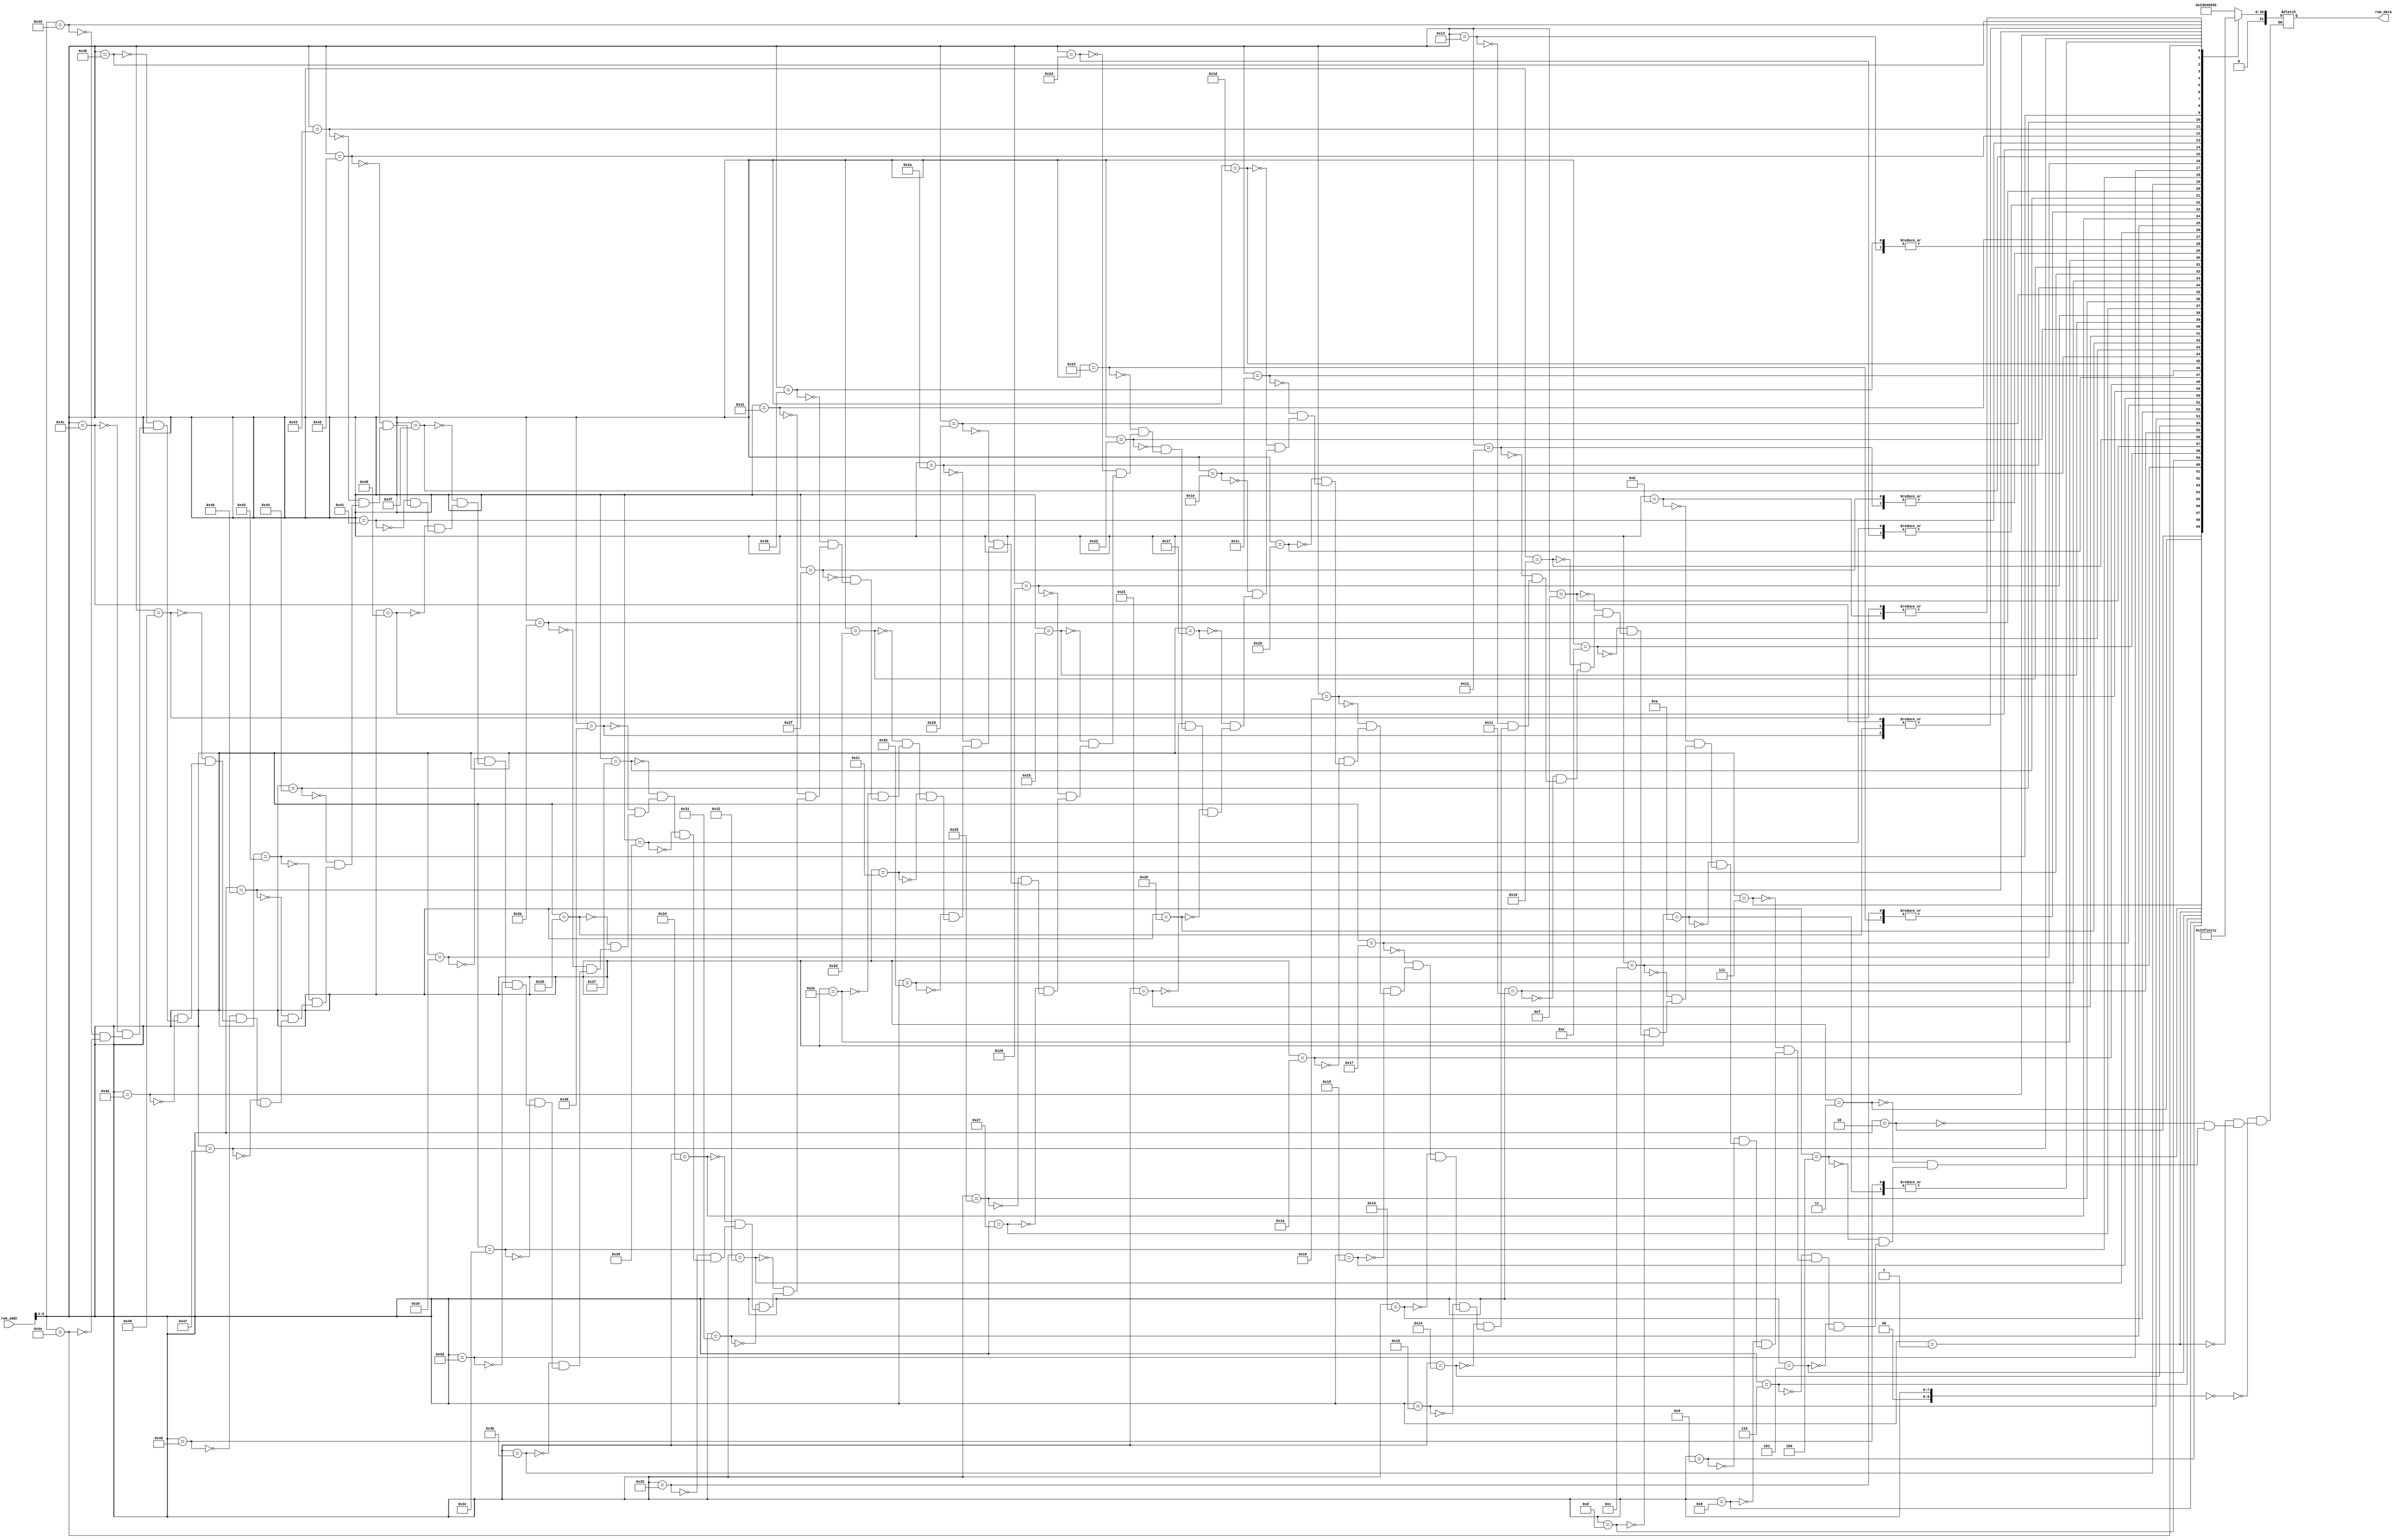
/*******************/
/* rom8x1024_sim.v */
/*******************/

//                  +----+
//  rom_addr[11:0]->|    |->rom_data[31:0]
//                  +----+

//
// ROM
//

module rom8x1024_sim (rom_addr, rom_data);

  input   [11:0]  rom_addr;  // 12-bit 
  output  [31:0]  rom_data;  // 32-bit 

  reg     [31:0]  data;

  // Wire
  wire     [9:0]  word_addr; // 10-bit address, word

  assign word_addr = rom_addr[9:2];
   
  always @(word_addr) begin
    case (word_addr)
      10'h000: data = 32'h23646566; // 00400000: ADDI, REG[4]<=REG[27]+25958;
      10'h001: data = 32'h696e6520; // 00400004: other type! opcode=26(10)
      10'h002: data = 32'h45585449; // 00400008: other type! opcode=17(10)
      10'h003: data = 32'h4f5f5052; // 0040000c: other type! opcode=19(10)
      10'h004: data = 32'h494e545f; // 00400010: other type! opcode=18(10)
      10'h005: data = 32'h5354524f; // 00400014: other type! opcode=20(10)
      10'h006: data = 32'h4b452028; // 00400018: other type! opcode=18(10)
      10'h007: data = 32'h2a28766f; // 0040001c: SLTI
      10'h008: data = 32'h6c617469; // 00400020: other type! opcode=27(10)
      10'h009: data = 32'h6c652075; // 00400024: other type! opcode=27(10)
      10'h00a: data = 32'h6e736967; // 00400028: other type! opcode=27(10)
      10'h00b: data = 32'h6e656420; // 0040002c: other type! opcode=27(10)
      10'h00c: data = 32'h696e7420; // 00400030: other type! opcode=26(10)
      10'h00d: data = 32'h2a292030; // 00400034: SLTI
      10'h00e: data = 32'h78303330; // 00400038: other type! opcode=30(10)
      10'h00f: data = 32'h30290a23; // 0040003c: ANDI, REG[9]<=REG[1]&0x00000a23;
      10'h010: data = 32'h64656669; // 00400040: other type! opcode=25(10)
      10'h011: data = 32'h6e652045; // 00400044: other type! opcode=27(10)
      10'h012: data = 32'h5854494f; // 00400048: other type! opcode=22(10)
      10'h013: data = 32'h5f505249; // 0040004c: other type! opcode=23(10)
      10'h014: data = 32'h4e545f41; // 00400050: other type! opcode=19(10)
      10'h015: data = 32'h53434949; // 00400054: other type! opcode=20(10)
      10'h016: data = 32'h2020282a; // 00400058: ADDI, REG[0]<=REG[1]+10282;
      10'h017: data = 32'h28766f6c; // 0040005c: SLTI
      10'h018: data = 32'h6174696c; // 00400060: LLO, REG[20].[15:0]<=26988; #NOT YET IMPREMENTED
      10'h019: data = 32'h6520756e; // 00400064: other type! opcode=25(10)
      10'h01a: data = 32'h7369676e; // 00400068: other type! opcode=28(10)
      10'h01b: data = 32'h65642069; // 0040006c: other type! opcode=25(10)
      10'h01c: data = 32'h6e74202a; // 00400070: other type! opcode=27(10)
      10'h01d: data = 32'h29203078; // 00400074: SLTI
      10'h01e: data = 32'h30333034; // 00400078: ANDI, REG[19]<=REG[1]&0x00003034;
      10'h01f: data = 32'h290a6d61; // 0040007c: SLTI
      10'h020: data = 32'h696e2829; // 00400080: other type! opcode=26(10)
      10'h021: data = 32'h0a7b0a20; // 00400084: J, PC<=0x027b0a20*4(=0x09ec2880);
      10'h022: data = 32'h20756e73; // 00400088: ADDI, REG[21]<=REG[3]+28275;
      10'h023: data = 32'h69676e65; // 0040008c: other type! opcode=26(10)
      10'h024: data = 32'h6420696e; // 00400090: other type! opcode=25(10)
      10'h025: data = 32'h74206b3b; // 00400094: other type! opcode=29(10)
      10'h026: data = 32'h0a202066; // 00400098: J, PC<=0x02202066*4(=0x08808198);
      10'h027: data = 32'h6f722028; // 0040009c: other type! opcode=27(10)
      10'h028: data = 32'h6b203d20; // 004000a0: other type! opcode=26(10)
      10'h029: data = 32'h303b206b; // 004000a4: ANDI, REG[27]<=REG[1]&0x0000206b;
      10'h02a: data = 32'h203c3d20; // 004000a8: ADDI, REG[28]<=REG[1]+15648;
      10'h02b: data = 32'h36303b20; // 004000ac: ORI, REG[16]<=REG[17]|0x00003b20;
      10'h02c: data = 32'h6b2b2b29; // 004000b0: other type! opcode=26(10)
      10'h02d: data = 32'h207b0a20; // 004000b4: ADDI, REG[27]<=REG[3]+2592;
      10'h02e: data = 32'h20202045; // 004000b8: ADDI, REG[0]<=REG[1]+8261;
      10'h02f: data = 32'h5854494f; // 004000bc: other type! opcode=22(10)
      10'h030: data = 32'h5f505249; // 004000c0: other type! opcode=23(10)
      10'h031: data = 32'h4e545f53; // 004000c4: other type! opcode=19(10)
      10'h032: data = 32'h54524f4b; // 004000c8: other type! opcode=21(10)
      10'h033: data = 32'h45203d20; // 004000cc: other type! opcode=17(10)
      10'h034: data = 32'h28756e73; // 004000d0: SLTI
      10'h035: data = 32'h69676e65; // 004000d4: other type! opcode=26(10)
      10'h036: data = 32'h6420696e; // 004000d8: other type! opcode=25(10)
      10'h037: data = 32'h74293078; // 004000dc: other type! opcode=29(10)
      10'h038: data = 32'h30303030; // 004000e0: ANDI, REG[16]<=REG[1]&0x00003030;
      10'h039: data = 32'h30303030; // 004000e4: ANDI, REG[16]<=REG[1]&0x00003030;
      10'h03a: data = 32'h3b0a2020; // 004000e8: XORI
      10'h03b: data = 32'h20204558; // 004000ec: ADDI, REG[0]<=REG[1]+17752;
      10'h03c: data = 32'h54494f5f; // 004000f0: other type! opcode=21(10)
      10'h03d: data = 32'h5052494e; // 004000f4: other type! opcode=20(10)
      10'h03e: data = 32'h545f4153; // 004000f8: other type! opcode=21(10)
      10'h03f: data = 32'h43494920; // 004000fc: other type! opcode=16(10)
      10'h040: data = 32'h3d206b3b; // 00400100: LUI
      10'h041: data = 32'h0a202020; // 00400104: J, PC<=0x02202020*4(=0x08808080);
      10'h042: data = 32'h20455854; // 00400108: ADDI, REG[5]<=REG[2]+22612;
      10'h043: data = 32'h494f5f50; // 0040010c: other type! opcode=18(10)
      10'h044: data = 32'h52494e54; // 00400110: other type! opcode=20(10)
      10'h045: data = 32'h5f535452; // 00400114: other type! opcode=23(10)
      10'h046: data = 32'h4f4b4520; // 00400118: other type! opcode=19(10)
      10'h047: data = 32'h3d202875; // 0040011c: LUI
      10'h048: data = 32'h6e736967; // 00400120: other type! opcode=27(10)
      10'h049: data = 32'h6e656420; // 00400124: other type! opcode=27(10)
      10'h04a: data = 32'h696e7429; // 00400128: other type! opcode=26(10)
      10'h04b: data = 32'h30783030; // 0040012c: ANDI, REG[24]<=REG[3]&0x00003030;
      10'h04c: data = 32'h30303030; // 00400130: ANDI, REG[16]<=REG[1]&0x00003030;
      10'h04d: data = 32'h30313b0a; // 00400134: ANDI, REG[17]<=REG[1]&0x00003b0a;
      10'h04e: data = 32'h20207d0a; // 00400138: ADDI, REG[0]<=REG[1]+32010;
    endcase
  end

  assign rom_data = data;
endmodule